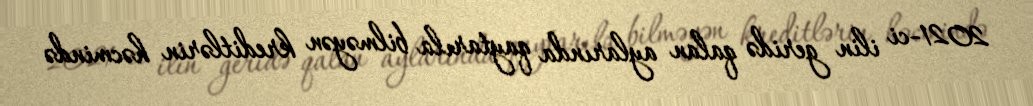
2021-ci ilin geridə qalan aylarında qaytarıla bilməyən kreditlərin həcmində